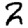
Digit: 2